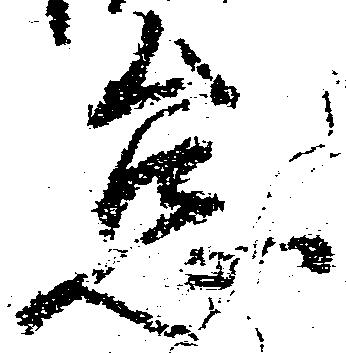
怠